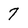
Character: 7